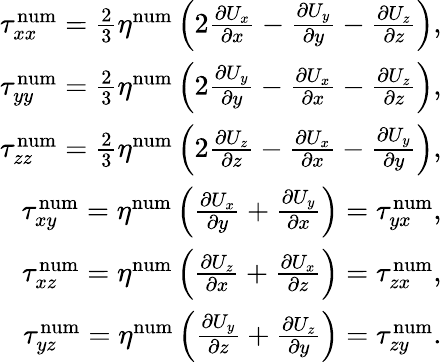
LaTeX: \begin{array}{r}{\tau_{xx}^{\mathrm{num}}=\frac{2}{3}\eta^{\mathrm{num}}\left(2\frac{\partial U_{x}}{\partial x}-\frac{\partial U_{y}}{\partial y}-\frac{\partial U_{z}}{\partial z}\right),}\\ {\tau_{yy}^{\mathrm{num}}=\frac{2}{3}\eta^{\mathrm{num}}\left(2\frac{\partial U_{y}}{\partial y}-\frac{\partial U_{x}}{\partial x}-\frac{\partial U_{z}}{\partial z}\right),}\\ {\tau_{zz}^{\mathrm{num}}=\frac{2}{3}\eta^{\mathrm{num}}\left(2\frac{\partial U_{z}}{\partial z}-\frac{\partial U_{x}}{\partial x}-\frac{\partial U_{y}}{\partial y}\right),}\\ {\tau_{xy}^{\mathrm{num}}=\eta^{\mathrm{num}}\left(\frac{\partial U_{x}}{\partial y}+\frac{\partial U_{y}}{\partial x}\right)=\tau_{yx}^{\mathrm{num}},}\\ {\tau_{xz}^{\mathrm{num}}=\eta^{\mathrm{num}}\left(\frac{\partial U_{z}}{\partial x}+\frac{\partial U_{x}}{\partial z}\right)=\tau_{zx}^{\mathrm{num}},}\\ {\tau_{yz}^{\mathrm{num}}=\eta^{\mathrm{num}}\left(\frac{\partial U_{y}}{\partial z}+\frac{\partial U_{z}}{\partial y}\right)=\tau_{zy}^{\mathrm{num}}.}\end{array}